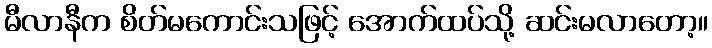
မီလာနီက စိတ်မကောင်းသဖြင့် အောက်ထပ်သို့ ဆင်းမလာတော့။